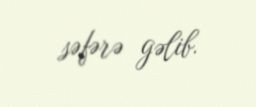
səfərə gəlib.